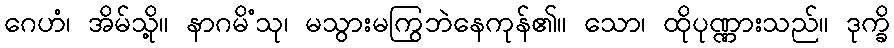
ဂေဟံ၊ အိမ်သို့။ နာဂမိံသု၊ မသွားမကြွဘဲနေကုန်၏။ သော၊ ထိုပုဏ္ဏားသည်။ ဒုက္ခိ